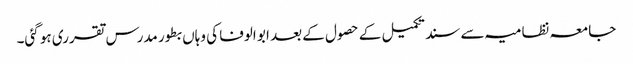
جامعہ نظامیہ سے سند تکمیل کے حصول کے بعد ابو الوفا کی وہاں بطور مدرس تقرری ہو گئی۔